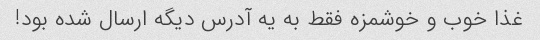
غذا خوب و خوشمزه فقط به یه آدرس دیگه ارسال شده بود!